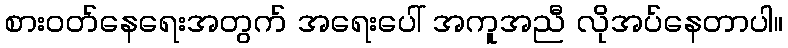
စားဝတ်နေရေးအတွက် အရေးပေါ် အကူအညီ လိုအပ်နေတာပါ။